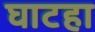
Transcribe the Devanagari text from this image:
घाटहा